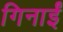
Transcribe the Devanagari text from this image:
गिनाईं